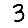
Digit: 3